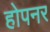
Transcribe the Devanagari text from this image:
होपनर